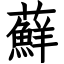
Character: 蘚